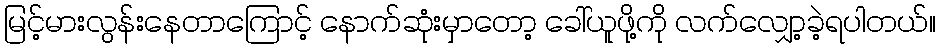
မြင့်မားလွန်းနေတာကြောင့် နောက်ဆုံးမှာတော့ ခေါ်ယူဖို့ကို လက်လျှော့ခဲ့ရပါတယ်။